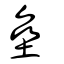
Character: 垒